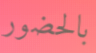
بالحضور